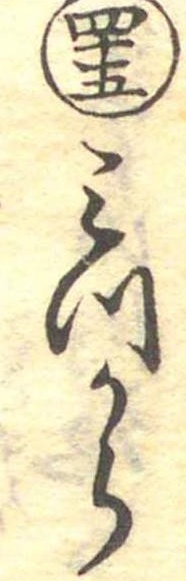
四十五みつから